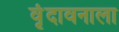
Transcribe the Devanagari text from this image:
वृंदावनाला